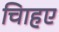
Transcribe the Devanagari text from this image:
चािहए